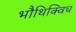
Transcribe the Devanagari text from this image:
भौथिक्विध